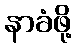
နာခံဖို့